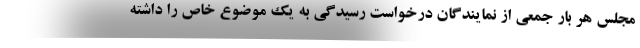
مجلس هر بار جمعی از نمایندگان درخواست رسیدگی به یک موضوع خاص را داشته